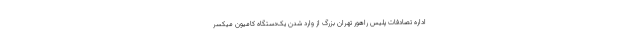
اداره تصادفات پلیس راهور تهران بزرگ از وارد شدن یک‌دستگاه کامیون میکسر